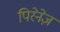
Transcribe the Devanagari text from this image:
पिरेनेज़